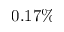
0 . 1 7 \%